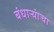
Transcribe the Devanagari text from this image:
बंधाऱ्यांचा